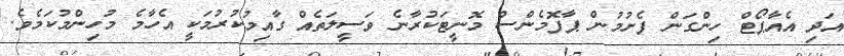
އަދި އެއާޕޯޓް ހިންގަން ފެށުމުން ޕާފޮމެންސް މޮނީޓަކުރާނެ ވަސީލަތެއް ގާއިމުކުރުމަކީ އެހާމެ މުހިންމުކަމެވެ.